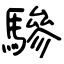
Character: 驂